Bréfritari: Sigríður Pálsdóttir
Viðtakandi: Páll Pálsson
Dagsetning: A-1870-08-30
Skrifað á: Breiðabólsstað  Rang.
Páll var bróðir Sigríðar

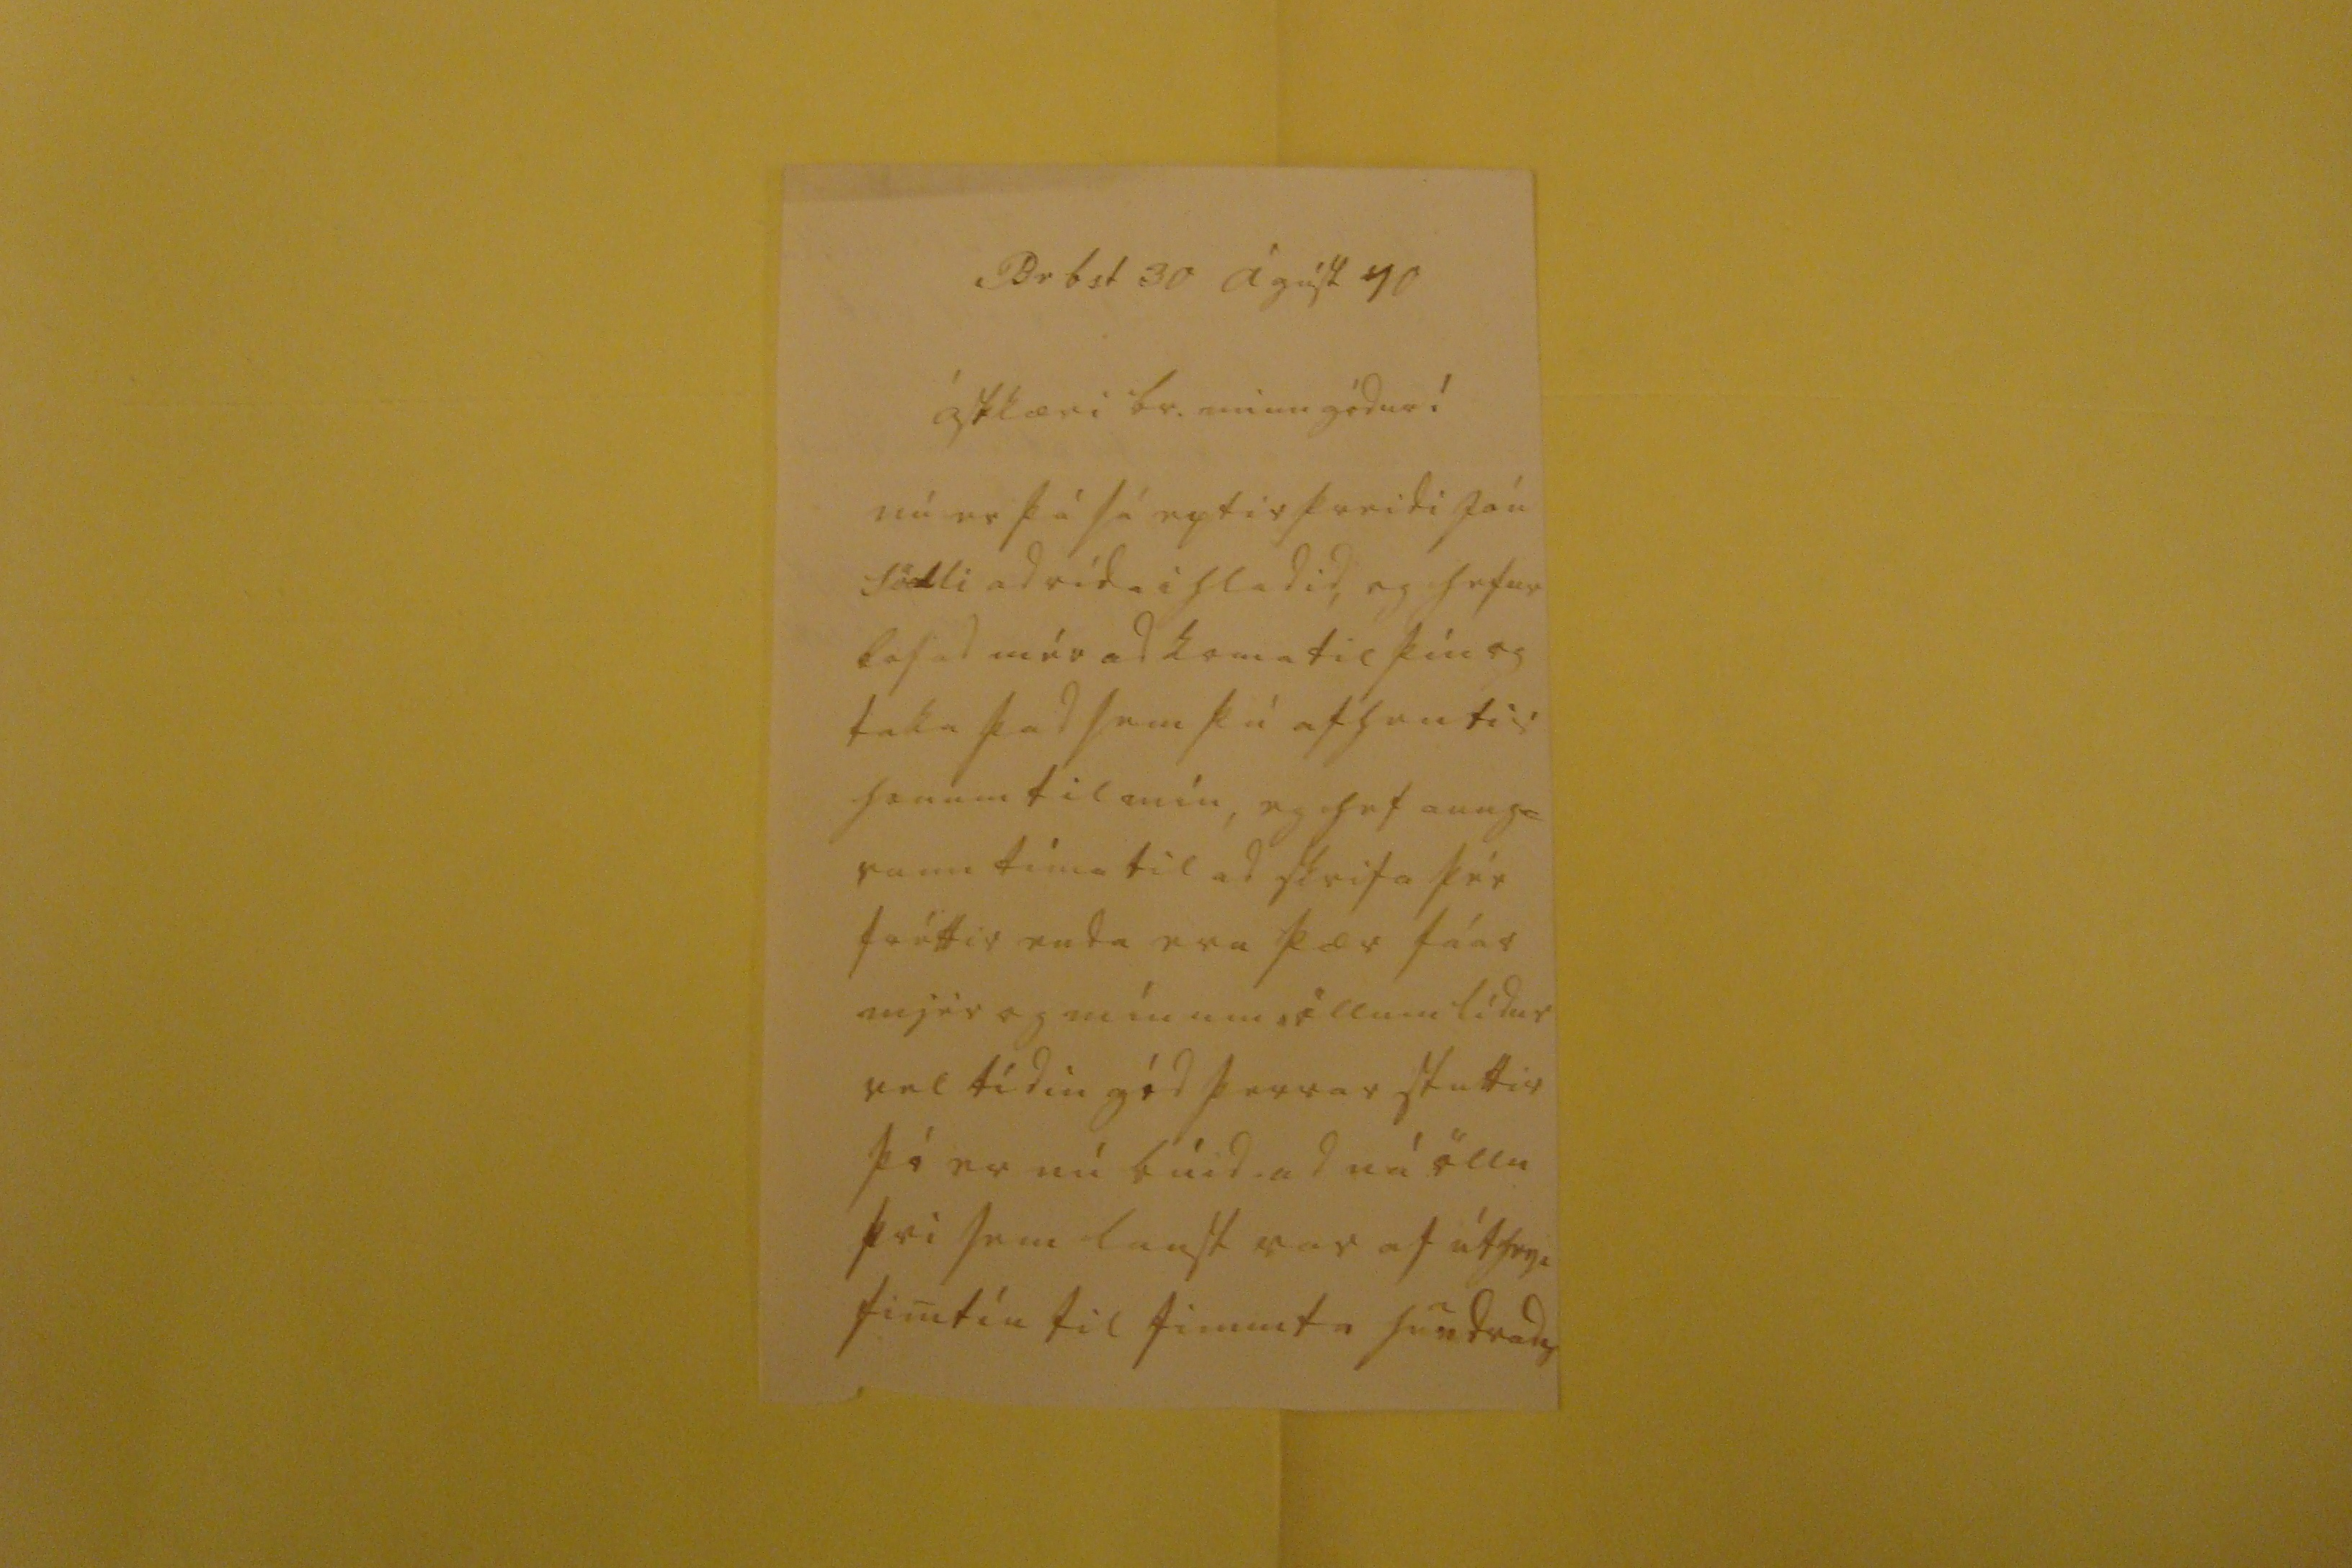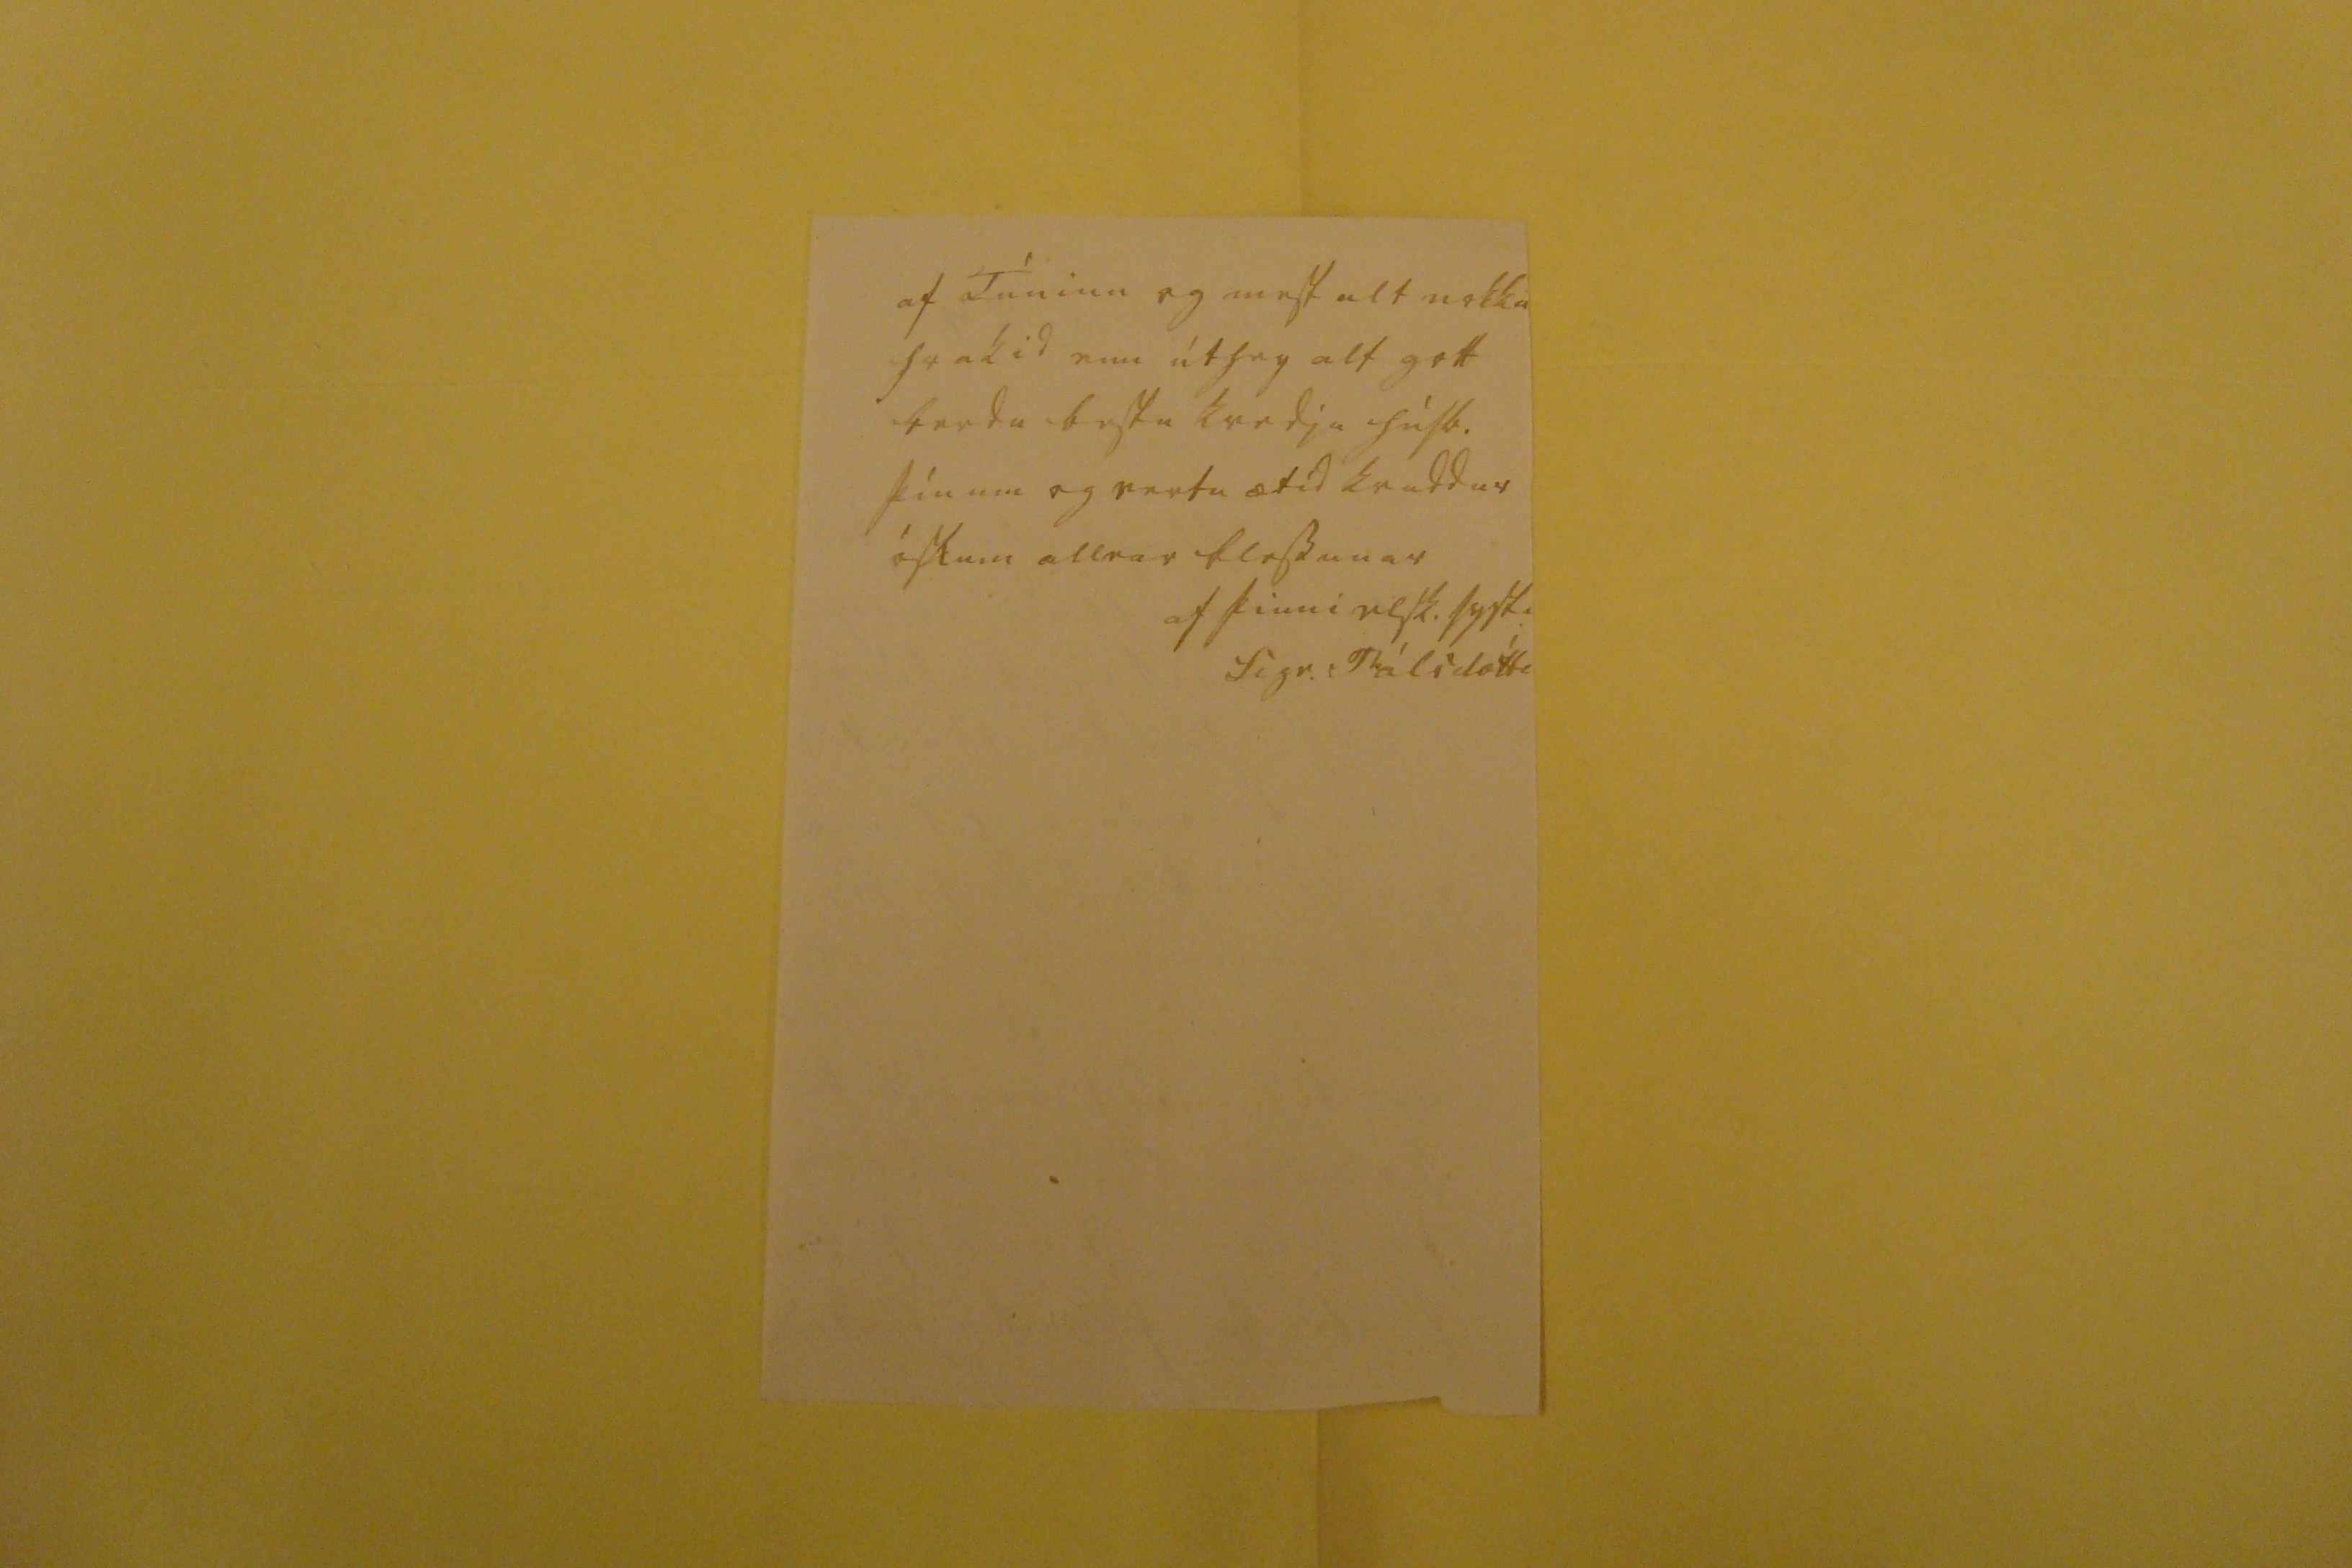

Br b st 30 Ágúst 70
ástkæri br. minn gódur!
nú er þá sá eptir
þreidi
Jón Södli ad rída i hladid, og hefur lofad mér ad koma til þín og taka þad sem þú afhentir honum til mín, eg hef aung= vann tíma til ad skrifa þér fréttir enda eru þær fáar mjér og mínum öllum lídur vel tídin gód þerrar stuttir þó er nú búid ad ná öllu því sem laust var af útheyi fimtíu til fimmta hundrads
af Túninu og mest alt nokku hrakid enn úthey alt gott berdu bestu kvedju húsb. þínum og vertu ætíd kvaddur óskum allrar blessunar
af þinni elsk. systi
Sigr. Pálsdótti